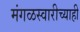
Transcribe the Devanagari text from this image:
मंगळस्वारीच्याही